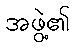
အဖွဲ့၏